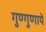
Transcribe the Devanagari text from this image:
गुण्गुणाये